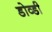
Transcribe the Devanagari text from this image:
डोव्डी